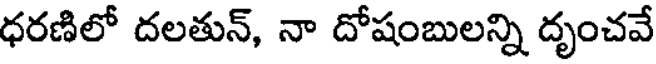
ధరణిలో దలతున్, నా దోషంబులన్ని దృంచవే